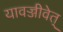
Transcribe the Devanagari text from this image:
यावज्जीवेत्‌